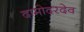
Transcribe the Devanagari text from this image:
दामोदरदेव